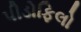
પીડોફિલો